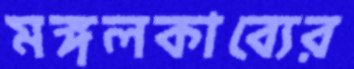
মঙ্গলকাব্যের